King Institute of Preventive Medicine Micro-Biological Section reports 1909-11
Year: 1909
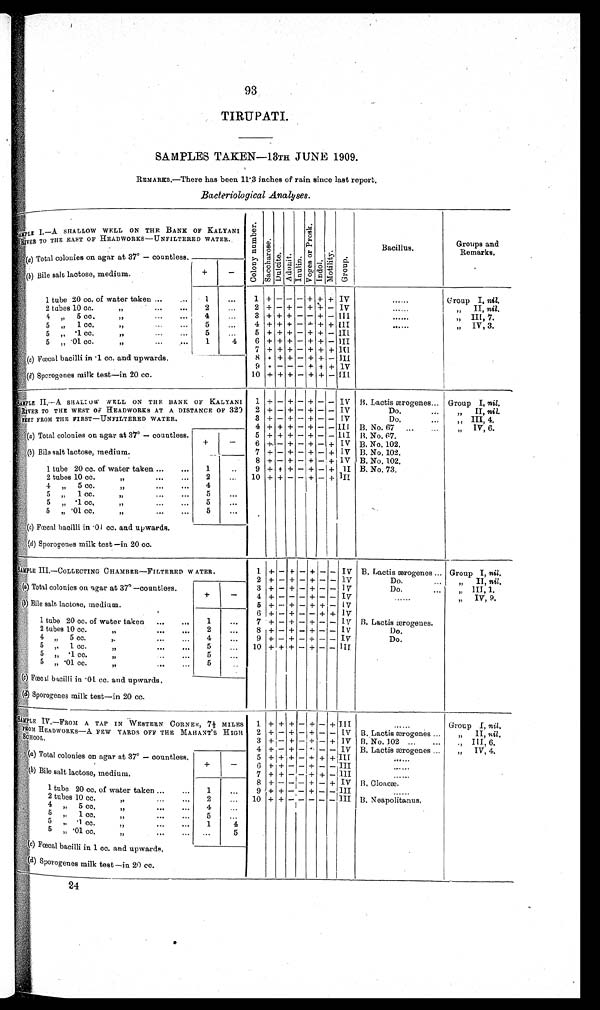
93
TIRUPATI.
SAMPLES TAKEN—13TH JUNE 1909.
REMARKS.—There has been 11.3 inches of rain since last report.
Bacteriological Analyses.
SAMPLE I.—A SHALLOW WELL ON THE BANK OF KALYANI
RIVER TO THE EAST OF HEADWORKS—UNFILTERED WATER..
Co l o n y n u mb e r .
S a c c h a r o s e .
Dul ci t e.
Adoni t . I nul i n.
V o g e s o r P r o s k .
I ndol .
M o t i l i t y .
Group.
Bacillus.
Groups and
Remarks
.
(a) Total colonies on agar at 37° — countless.
(b ) Bile salt lactose, medium.
+
—
1 tube 20 cc. of water taken ...
1
...
1 + — — — + + + IV
......
Group I, n i l .
2 tubes 10 cc.
„
2
. . . 2 + — + — + + — IV
......
„ II, nil.
4
„
5 cc
.
„
...
...
4
... 3 +
+
+ — — + — III
......
„ III, 7.
5 „ 1 cc. „
"
5
. . . 4 + + + — + + + III
. . . . . .
„
IV,
3.
5 „ .1 cc.
„
,,
...
...
5
. . . 5 + + + — + + — III
5 „ .01 cc.
„
,,
...
....
1
4
6 + + + — + + — III
7 + + + — + + +
I I I
(c) Fœcal bacilli in .1 cc. and upwards.
8 + + + — + + — III
9 + — — — + + +
I V
(d) Sporogenes milk test—in 20 cc.
10 + + + — + + — III
SAMPLE II.—A. SHALLOW WELL ON THE BANK OF KALYANI
RIVER TO THE WEST OF HEADWORKS AT A DISTANCE OF 32
0 FEET FROM THE FIRST—UNFILTERED WATER.
1 + — + — + — — IV B. Lactis ærogenes... Group I, nil.
2 + — + — + — — IV
Do.
„
II, nil.
3 + — + — + — — IV
Do. „.
„ III, 4.
4 + + + — + — — III B. No. 67
„
IV, 6.
(a) Total colonies on agar at 37° — countless.
5 + + + — + — — III B. No. 67.
+
—
6 + — + —+ — + IV B. No. 102.
(b) Bile salt lactose, medium.
7 + — + — + — + IV B. No. 102.
8 + — + — + — + IV B. No. 102.
1 tube 20 cc. of water taken ...
...
1
..
9 + + + — + — +
I I B. No. 73.
2 tubes 10 cc.
„
...
...
2
...
10 + + — — + — + III
4 „ 5 cc.
„
...
...
4
5 „ 1 cc.
„
...
...
5
...
5 „ .1 cc.
„
7,
...
...
5
...
5 „ .01 cc.
„
...
...
5
...
(c) Fœcal bacilli in .01 cc. and upwards.
(d) Sporogenes milk test —in 20 cc.
SAMPLE III.—COLLECTING CHAMBER—FILTERED WATER..
1 + — + — + — — IV B. Lactis ærogenes ... Group I, nil.
2 + — + — + — — IV
Do.
...
„ II, nil.
(a) Total colonies on agar at 37° —countless.
3 + — + — + — — IV
Do.
...
„ III, 1.
+
—
4 + — — —+ — — IV
......
„ IV, 9.
(b) Bile salt lactose, medium.
5 + — + — + + — lV
6 + — + ——+ + IV
1 tube 20 cc. of water taken
..,
..,
1
...
7 + — + — + — — IV B. Lactis ærogenes.
2 tubes 10 cc.
„
2
...
8 + — + — + — — IV
Do.
4 „ 5 cc.
„
4
...
9 + — + — + — — IV
Do.
5
„ 1 c c . „
5
...
10 + + + — + — — III
5 „ .1 cc.
„
5
...
5
„
.
01 cc.
„
5
. .
(c) Fœcal bacilli in .01 cc. and upwards.
(d) Sporogenes milk test—in 20 cc.
SAMPLE IV.—FROM A TAP IN WESTERN CORNER, 7½ MILES
FROM HEADWORKS—A FEW YARDS OFF THE MAHANT'S HIGH SCHOOL.
1 + + + — + —+ III
......
Group I, n i l .
2 + — + — + — — IV B. Lactis ærogenes ...
„
II, nil.
3 + — + — + — + IV B. No. 102 ...
...
„
III, 6.
4 + — + — + — — IV B. Lactis ærogenes ...
„
IV, 4.
(a ) Total colonies on agar at 37° — countless.
5 + + + — + + + III
......
+
—
6 + + — — + — — III
. . . . . .
(b) Bile salt lactose, medium.
7 + + —— + +
—
I I I
......
8 + — —— + — + IV B. Cloacæ.
1 tube 20 cc. of water taken ... ...
1
...
9 + + — — + — — III
2 tubes 10 cc.
„
...
2
...
10 + + — ——— — III B. Neapolitanus.
4
„ 5 c c . „
4
...
5
„
1
cc.
„
...
5
...
5
„
.
1 cc.
„
,,
...
...
1
4
5 „ .01 cc.
„
...
...
5
(c) Fœcal bacilli in 1 cc. and upwards
.
(d) S porogenes milk test — in 20 cc.
24